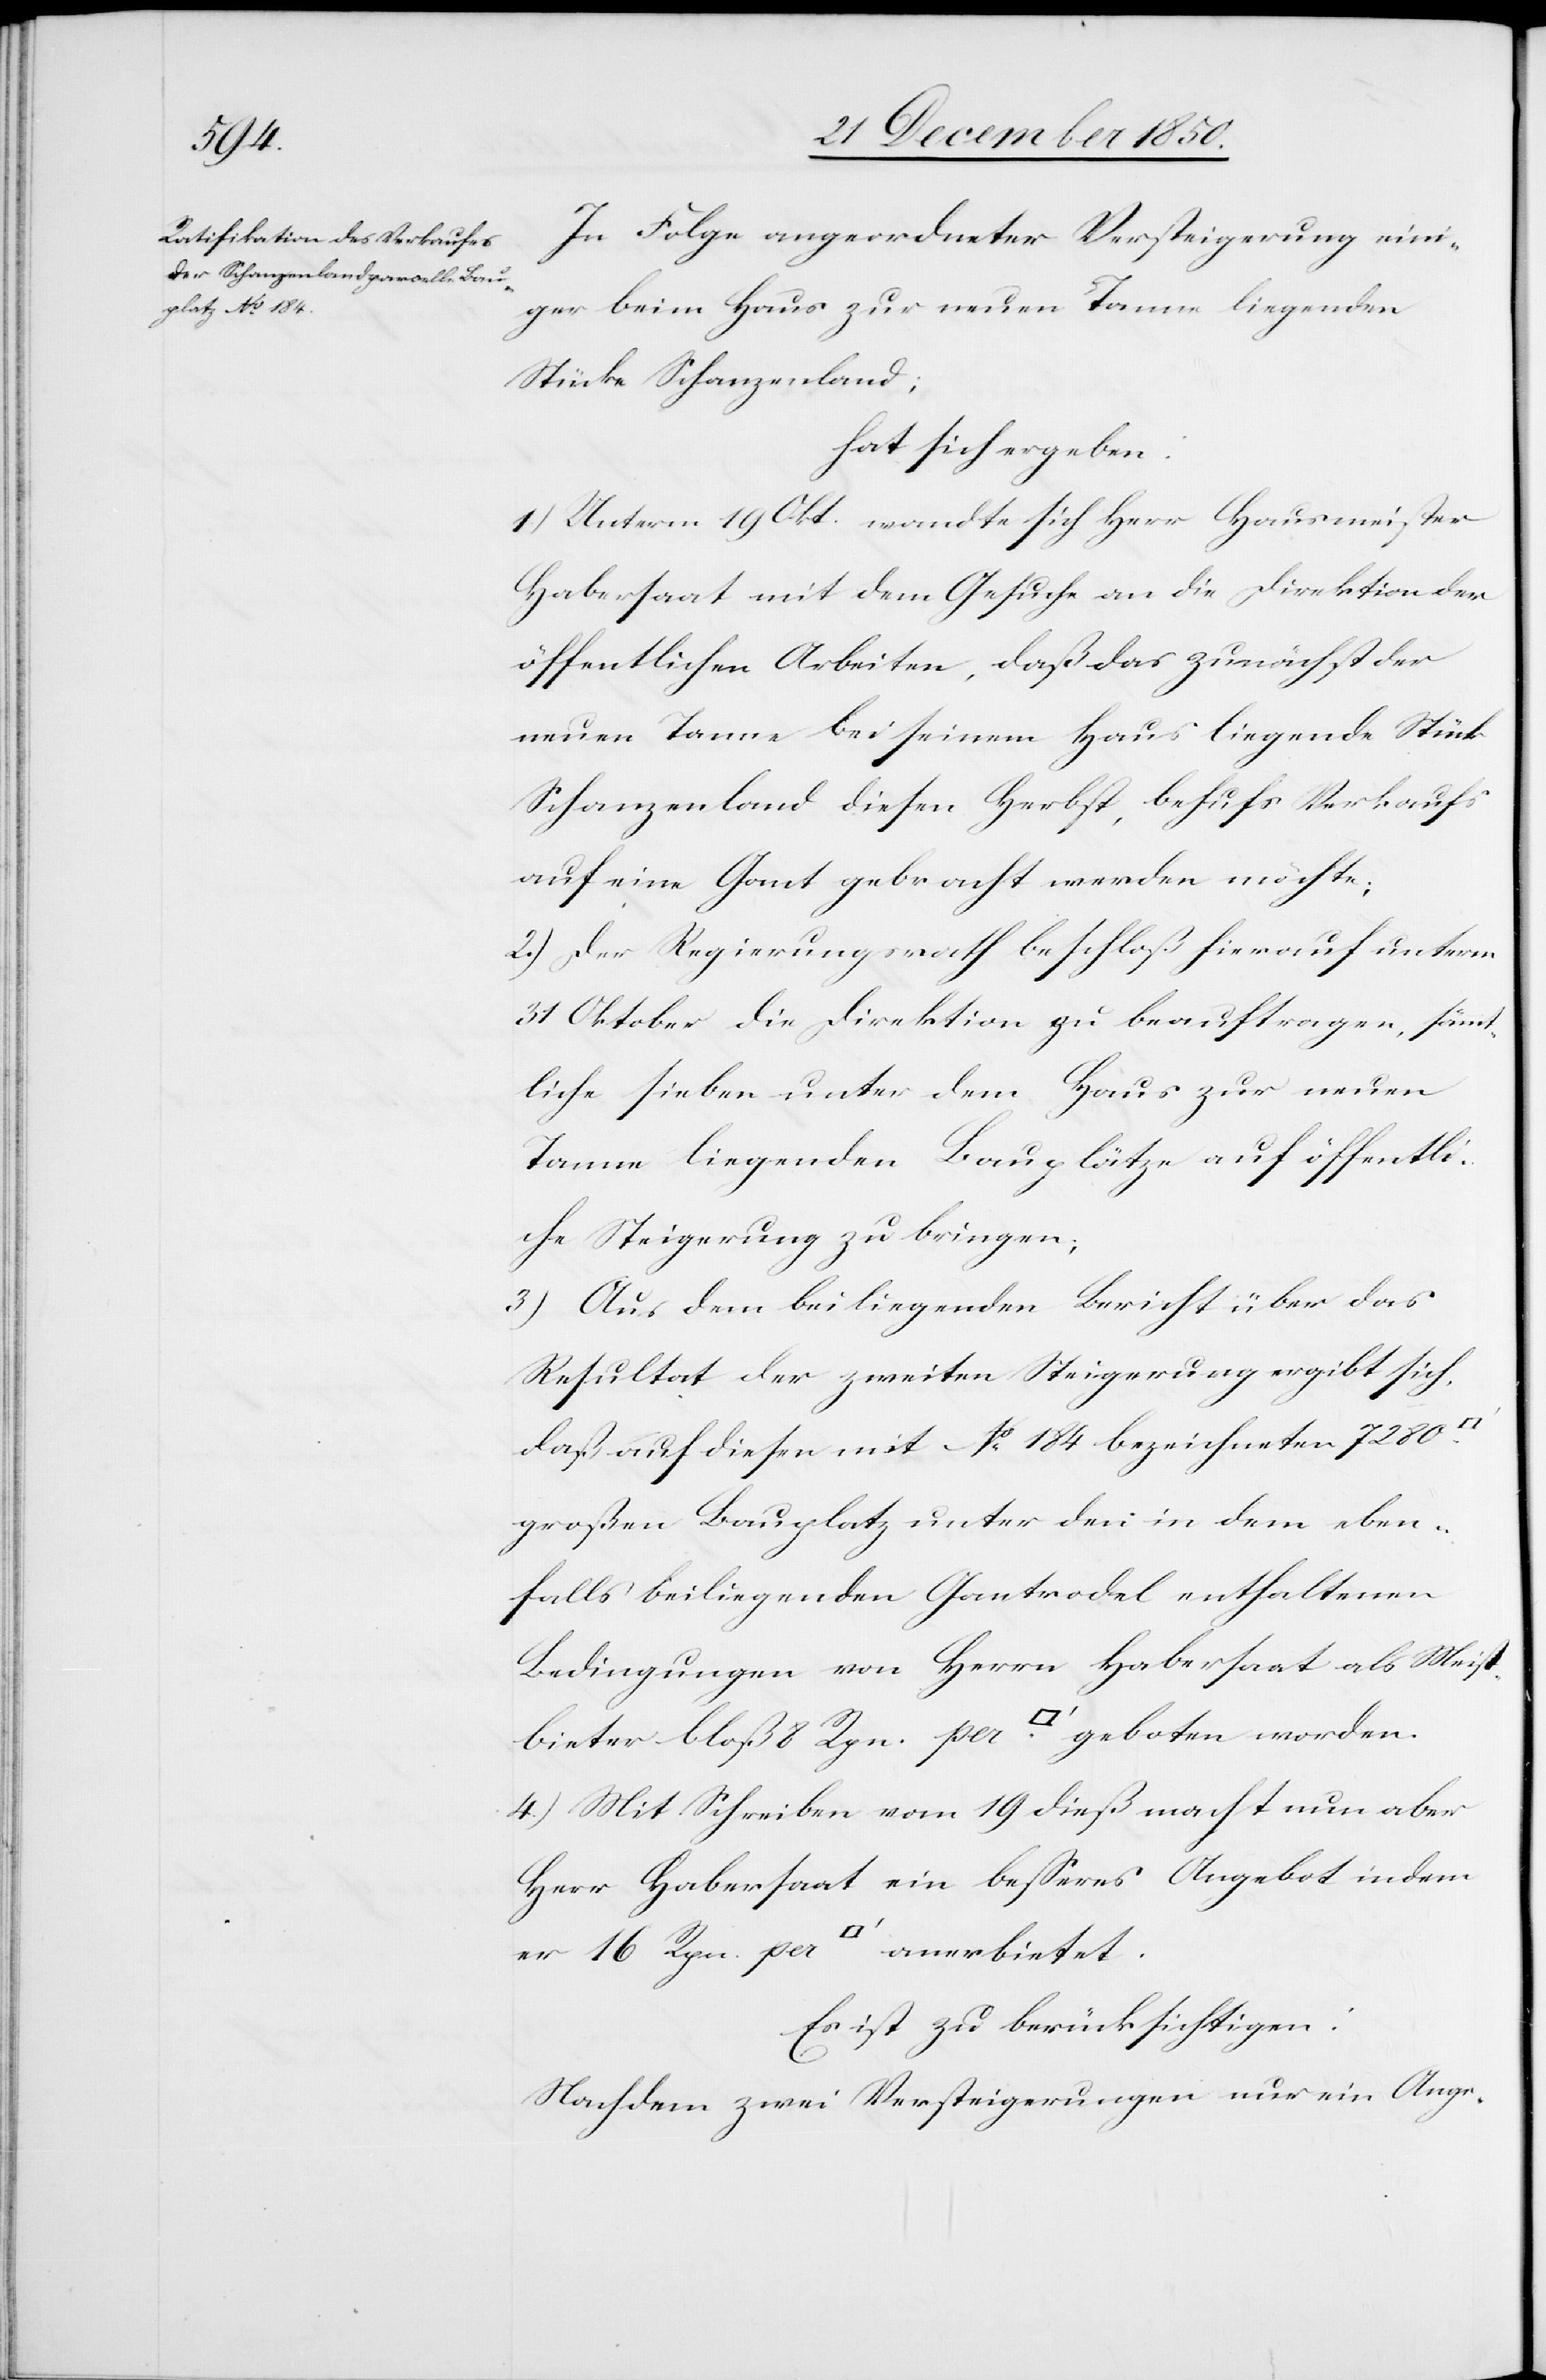
In Folge angeordneter Versteigerung eini¬
ger beim Haus zur neuen Tanne liegenden
Stücke Schanzenland;
hat sich ergeben:
1.) Unterm 19 Okt. wandte sich Herr Hausmeister
Habersaat mit dem Gesuche an die Direktion der
öffentlichen Arbeiten, daß das zunächst der
neuen Tanne bei seinem Haus liegende Stück
Schanzenland diesen Herbst, behufs Verkaufs
auf eine Gant gebracht werden möchte;
2.) Der Regierungsrath beschloß hierauf unterm
31 Oktober die Direktion zu beauftragen, sämmt¬
liche sieben unter dem Haus zur neuen
Tanne liegenden Bauplätze auf öffentli¬
che Steigerung zu bringen;
3) Aus dem beiliegenden Bericht über das
Resultat der zweiten Steigerurg [recte:
daß auf diesen mit No 184 bezeichneten 7280
großen Bauplatz unter den in dem eben¬
falls beiliegenden Gantrodel enthaltenen
Bedingungen von Herrn Habersaat als Meist¬
bieter bloß 8 Rpn. per [Quadratfuss] geboten worden.
4.) Mit Schreiben vom 19 dieß macht nun aber
Herr Habersaat ein besseres Angebot indem
Es ist zu berücksichtigen:
Nachdem zwei Versteigerungen nur ein Ange-